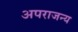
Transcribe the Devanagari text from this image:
अपराजन्य